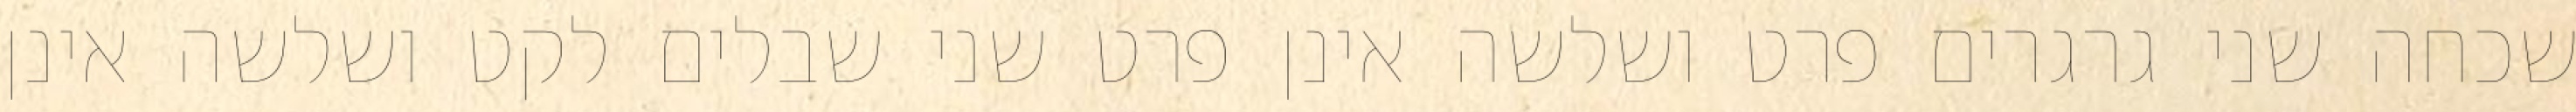
שכחה שני גרגרים פרט ושלשה אינן פרט שני שבלים לקט ושלשה אינן